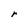
Character: r